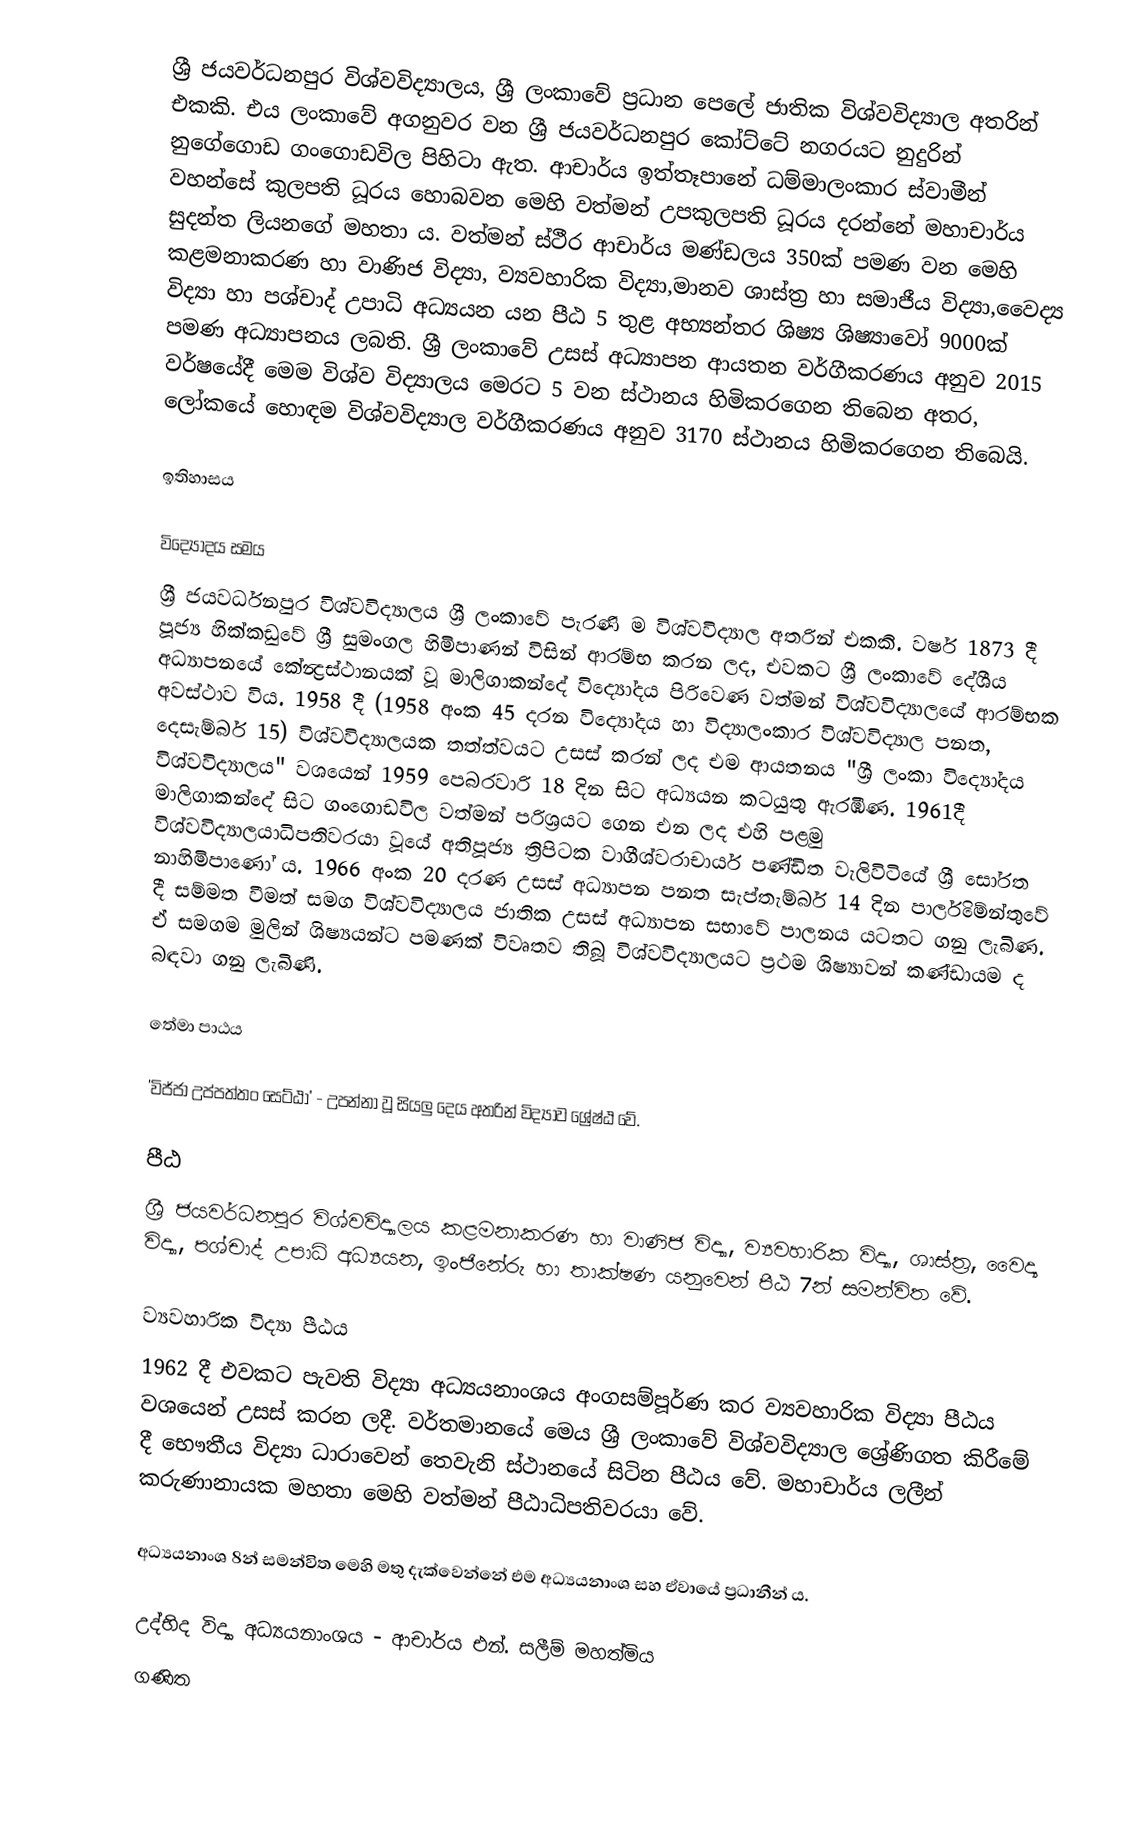
ශ්‍රී ජයවර්ධනපුර විශ්වවිද්‍යාලය, ශ්‍රී ලංකාවේ ප්‍රධාන පෙලේ ජාතික විශ්වවිද්‍යාල අතරින් එකකි. එය ලංකාවේ අගනුවර වන ශ්‍රී ජයවර්ධනපුර කෝට්ටේ නගරයට නුදුරින් නුගේගොඩ ගංගොඩවිල පිහිටා ඇත. ආචාර්ය ඉත්තෑපානේ ධම්මාලංකාර  ස්වාමීන් වහන්සේ කුලපති ධූරය හොබවන මෙහි වත්මන් උපකුලපති ධූරය දරන්නේ මහාචාර්ය සුදන්ත ලියනගේ මහතා ය. වත්මන් ස්ථීර ආචාර්ය මණ්ඩලය 350ක් පමණ වන මෙහි කළමනාකරණ හා වාණිජ විද්‍යා, ව්‍යවහාරික විද්‍යා,මානව ශාස්ත්‍ර හා සමාජීය විද්‍යා,වෛද්‍ය විද්‍යා හා පශ්චාද් උපාධි අධ්‍යයන යන පීඨ 5 තුළ අභ්‍යන්තර ශිෂ්‍ය ශිෂ්‍යාවෝ 9000ක් පමණ අධ්‍යාපනය ලබති. ශ්‍රී ලංකාවේ උසස් අධ්‍යාපන ආයතන වර්ගීකරණය අනුව 2015 වර්ෂයේදී මෙම විශ්ව විද්‍යාලය මෙරට 5 වන ස්ථානය හිමිකරගෙන තිබෙන අතර, ලෝකයේ හොඳම විශ්වවිද්‍යාල වර්ගීකරණය අනුව 3170 ස්‌ථානය හිමිකරගෙන තිබෙයි.

ඉතිහාසය

විද්‍යෝදය සමය
ශ්‍රී ජයවර්ධනපුර විශ්වවිද්‍යාලය ශ්‍රී ලංකාවේ පැරණි ම විශ්වවිද්‍යාල අතරින් එකකි. වර්ෂ 1873 දී පූජ්‍ය හික්කඩුවේ ශ්‍රී සුමංගල හිමිපාණන් විසින් ආරම්භ කරන ලද, එවකට ශ්‍රී ලංකාවේ දේශීය අධ්‍යාපනයේ කේන්‍ද්‍රස්ථානයක් වූ මාලිගාකන්දේ විද්‍යෝදය පිරිවෙණ වත්මන් විශ්වවිද්‍යාලයේ ආරම්භක අවස්ථාව විය. 1958 දී (1958 අංක 45 දරන විද්‍යෝදය හා විද්‍යාලංකාර විශ්වවිද්‍යාල පනත, දෙසැම්බර් 15) විශ්වවිද්‍යාලයක තත්ත්වයට උසස් කරන් ලද එම ආයතනය "ශ්‍රී ලංකා විද්‍යෝදය විශ්වවිද්‍යාලය" වශයෙන් 1959 පෙබරවාරි 18 දින සිට අධ්‍යයන කටයුතු ඇරඹිණ. 1961දී මාලිගාකන්දේ සිට ගංගොඩවිල වත්මන් පරිශ්‍රයට ගෙන එන ලද එහි පළමු විශ්වවිද්‍යාලයාධිපතිවරයා වූයේ අතිපූජ්‍ය ත්‍රිපිටක වාගීශ්වරාචාර්ය පණ්ඩිත වැලිවිටියේ ශ්‍රී සෝරත නාහිමිපාණෝ ය. 1966 අංක 20 දරණ උසස් අධ්‍යාපන පනත සැප්තැම්බර් 14 දින පාර්ලිමේන්තුවේ දී සම්මත වීමත් සමග විශ්වවිද්‍යාලය ජාතික උසස් අධ්‍යාපන සභාවේ පාලනය යටතට ගනු ලැබිණ. ඒ සමගම මුලින් ශිෂ්‍යයන්ට පමණක් විවෘතව තිබූ විශ්වවිද්‍යාලයට ප්‍රථම ශිෂ්‍යාවන් කණ්ඩායම ද බඳවා ගනු ලැබිණි.

තේමා පාඨය

'විජ්ජා උප්පත්තං සෙට්ඨා' - උපන්නා වූ සියලු දෙය අතරින් විද්‍යාව ශ්‍රේෂ්ඨ වේ.

පීඨ
ශ්‍රී ජයවර්ධනපුර විශ්වවිද්‍යාලය කළමනාකරණ හා වාණිජ විද්‍යා, ව්‍යවහාරික විද්‍යා, ශාස්ත්‍ර, වෛද්‍ය විද්‍යා, පශ්චාද් උපාධි අධ්‍යයන, ඉංජිනේරු හා තාක්ෂණ යනුවෙන් පීඨ 7න් සමන්විත වේ.

ව්‍යවහාරික විද්‍යා පීඨය
1962 දී එවකට පැවති විද්‍යා අධ්‍යයනාංශය අංගසම්පූර්ණ කර ව්‍යවහාරික විද්‍යා පීඨය වශයෙන් උසස් කරන ලදී. වර්තමානයේ මෙය ශ්‍රී ලංකාවේ විශ්වවිද්‍යාල ශ්‍රේණිගත කිරීමේ දී භෞතීය විද්‍යා ධාරාවෙන් තෙවැනි ස්ථානයේ සිටින පීඨය වේ. මහාචාර්ය ලලීන් කරුණානායක මහතා මෙහි වත්මන් පීඨාධිපතිවරයා වේ.

අධ්‍යයනාංශ 8න් සමන්විත මෙහි මතු දැක්වෙන්නේ එම අධ්‍යයනාංශ සහ ඒවායේ ප්‍රධානීන් ය.

 උද්භිද විද්‍යා අධ්‍යයනාංශය - ආචාර්ය එන්. සලීම් මහත්මිය
 ගණිත